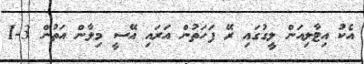
އެކު އިޓާލިއަން ލީގުގައި ރޭ ފަހަތުން އަރައި އޭސީ މިލާން އަތުން 3-1